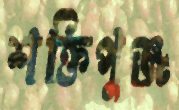
শক্তিপুঞ্জ